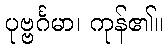
ပုဗ္ဗင်္ဂမာ၊ ကုန်၏။